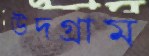
উদগ্রাম